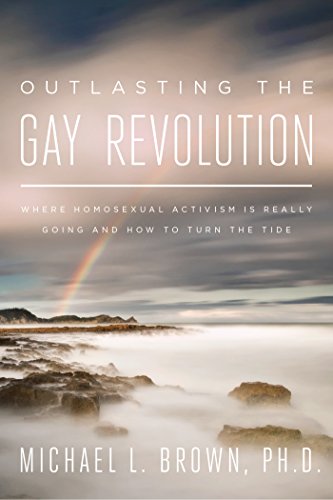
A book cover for Outlasting the Gay Revolution: Where Homosexual Activism Is Really Going and How to Turn the Tide; Michael L. Brown; Humor & Entertainment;